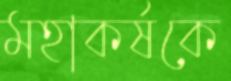
মহাকর্ষকে